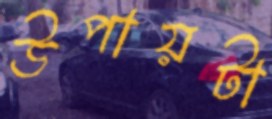
উপায়টা